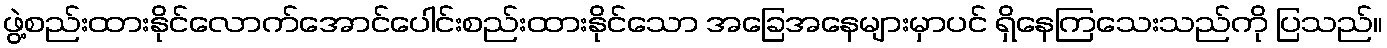
ဖွဲ့စည်းထားနိုင်လောက်အောင်ပေါင်းစည်းထားနိုင်သော အခြေအနေများမှာပင် ရှိနေကြသေးသည်ကို ပြသည်။